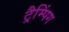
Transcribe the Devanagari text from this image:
ट्रैम्पिंग